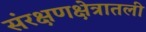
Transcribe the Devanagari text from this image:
संरक्षणक्षेत्रातली